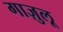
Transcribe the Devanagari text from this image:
गाज़ुलू